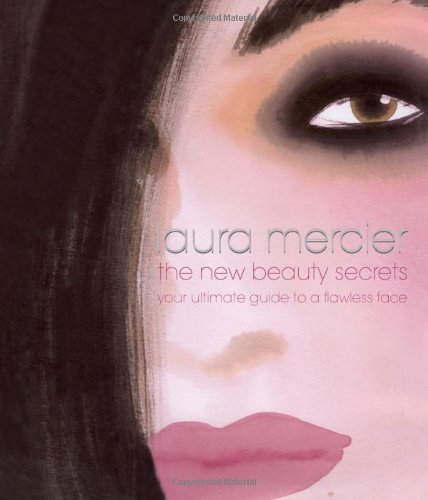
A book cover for The New Beauty Secrets: Your Ultimate Guide to a Flawless Face; Laura Mercier; Health, Fitness & Dieting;